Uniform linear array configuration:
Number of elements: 48
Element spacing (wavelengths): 0.75
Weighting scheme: kaiser
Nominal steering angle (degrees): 45
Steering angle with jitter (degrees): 45.192
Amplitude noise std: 0.05
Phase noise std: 0.05

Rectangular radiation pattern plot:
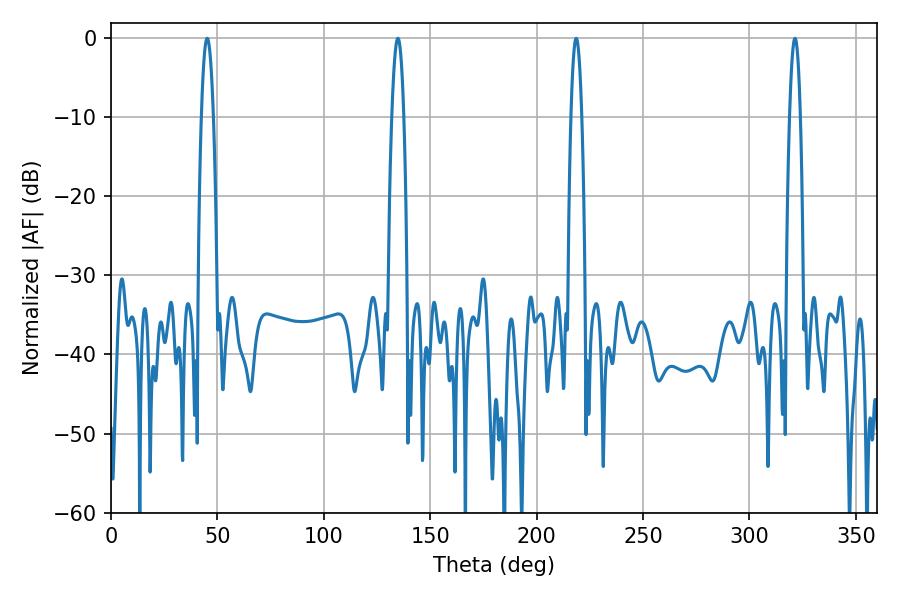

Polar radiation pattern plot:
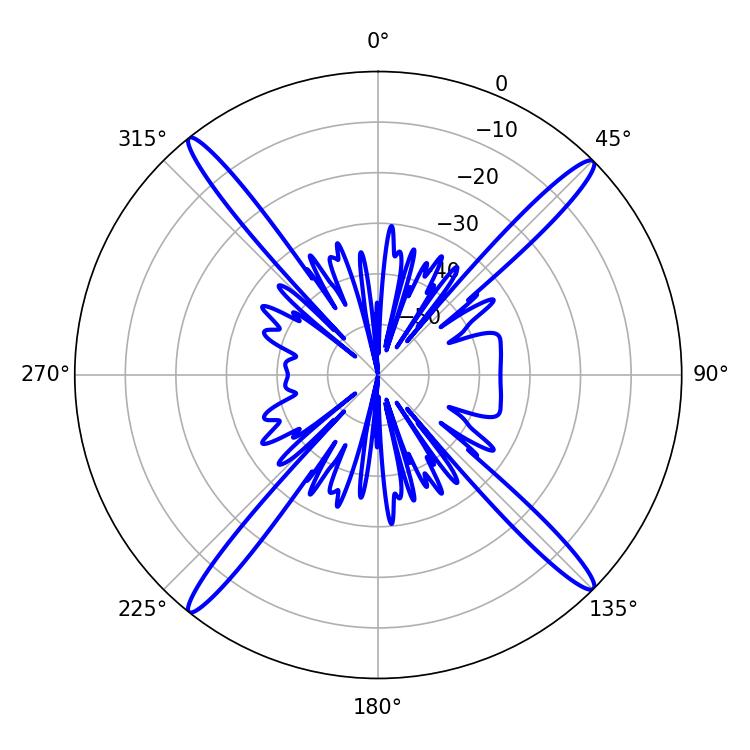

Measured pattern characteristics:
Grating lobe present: TRUE
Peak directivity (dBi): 20.58
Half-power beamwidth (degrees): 3.06
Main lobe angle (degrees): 45.18